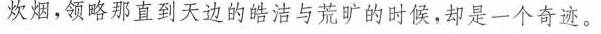
炊烟，领略那直到天边的皓洁与荒旷的时候，却是一个奇迹。